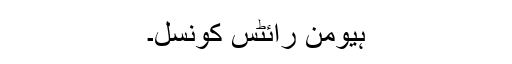
ہیومن رائٹس کونسل۔